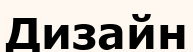
Дизайн